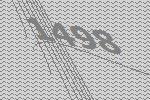
1498